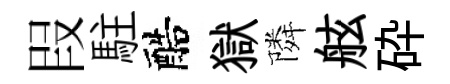
叚駐醅獄隣舷砕